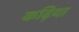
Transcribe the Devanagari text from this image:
कढ़िया